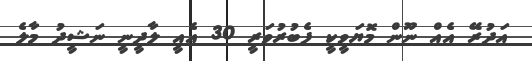
އަދުރޭ އެއް ނޫން މޮޔަވީކީ ފެބުރުވަރީ 30 އެއީ ލާދީނީ ނަޝީދު މާލެ